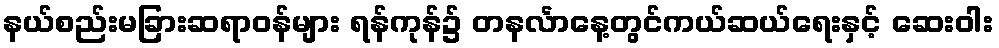
နယ်စည်းမခြားဆရာဝန်များ ရန်ကုန်၌ တနင်္လာနေ့တွင်ကယ်ဆယ်ရေးနှင့် ဆေးဝါး